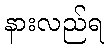
နားလည်ရ